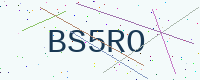
Text: BS5RO